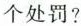
个处罚?